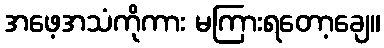
အဖေ့အသံကိုကား မကြားရတော့ချေ။